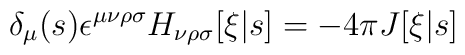
\delta_\mu(s) \epsilon^{\mu\nu\rho\sigma} H_{\nu\rho\sigma}[\xi|s]   = - 4 \pi J[\xi|s]